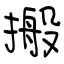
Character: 搬